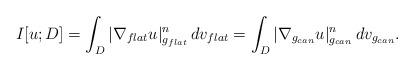
LaTeX: \begin{align*}I[u;D] = \int_{D} |\nabla_{flat} u|_{g_{flat}}^n\,dv_{flat} = \int_{D} |\nabla_{g_{can}} u|_{g_{can}}^n\,dv_{g_{can}}.\end{align*}